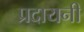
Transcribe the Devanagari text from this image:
प्रदायनी